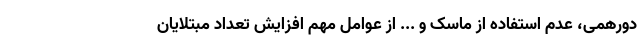
دورهمی، عدم استفاده از ماسک و ... از عوامل مهم افزایش تعداد مبتلایان